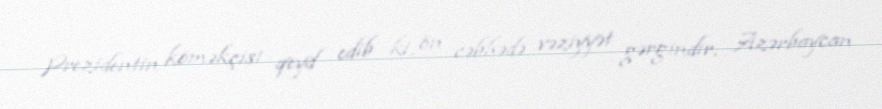
Prezidentin köməkçisi qeyd edib ki, ön cəbhədə vəziyyət gərgindir, Azərbaycan